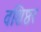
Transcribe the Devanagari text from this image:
वशिष्ठर